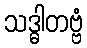
သဒ္ဓါတဗ္ဗံ